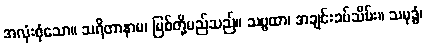
အလုံးစုံသော။ သရိတာနာမ၊ မြစ်တို့မည်သည်။ သဗ္ဗထာ၊ အချင်းခပ်သိမ်း။ သမုဒ္ဓံ၊